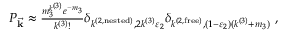
\begin{array} { l l } { P _ { \vec { \mathbf { k } } } \approx \frac { m _ { 3 } ^ { k ^ { ( 3 ) } } e ^ { - m _ { 3 } } } { k ^ { ( 3 ) } ! } \delta _ { k ^ { ( 2 , \mathrm { n e s t e d } ) } , 2 k ^ { ( 3 ) } \varepsilon _ { 2 } } \delta _ { k ^ { ( 2 , \mathrm { f r e e } ) } , ( 1 - \varepsilon _ { 2 } ) ( k ^ { ( 3 ) } + m _ { 3 } ) } ~ , } \end{array}